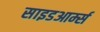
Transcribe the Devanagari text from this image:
साइडआर्म्स